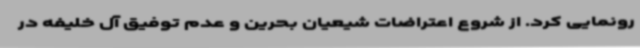
رونمایی کرد. از شروع اعتراضات شیعیان بحرین و عدم توفیق آل خلیفه در